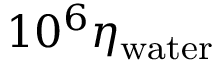
1 0 ^ { 6 } \eta _ { \mathrm { w a t e r } }